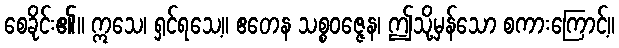
စေခိုင်း၏။ ဣသေ၊ ရှင်ရသေ့။ ဧတေန သစ္စဝဇ္ဇေန၊ ဤသို့မှန်သော စကားကြောင့်။